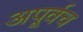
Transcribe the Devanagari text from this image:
अपूर्वच